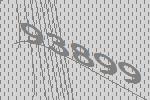
93899